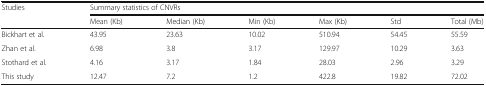
<table><thead><tr><td rowspan="2"><b>Studies</b></td><td colspan="6"><b>Summary statistics of CNVRs</b></td></tr><tr><td><b>Mean (Kb)</b></td><td><b>Median (Kb)</b></td><td><b>Min (Kb)</b></td><td><b>Max (Kb)</b></td><td><b>Std</b></td><td><b>Total (Mb)</b></td></tr></thead><tbody><tr><td>Bickhart et al.</td><td>43.95</td><td>23.63</td><td>10.02</td><td>510.94</td><td>54.45</td><td>55.59</td></tr><tr><td>Zhan et al.</td><td>6.98</td><td>3.8</td><td>3.17</td><td>129.97</td><td>10.29</td><td>3.63</td></tr><tr><td>Stothard et al.</td><td>4.16</td><td>3.17</td><td>1.84</td><td>28.03</td><td>2.96</td><td>3.29</td></tr><tr><td>This study</td><td>12.47</td><td>7.2</td><td>1.2</td><td>422.8</td><td>19.82</td><td>72.02</td></tr></tbody></table>